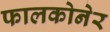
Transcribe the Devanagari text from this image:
फालकोनेर